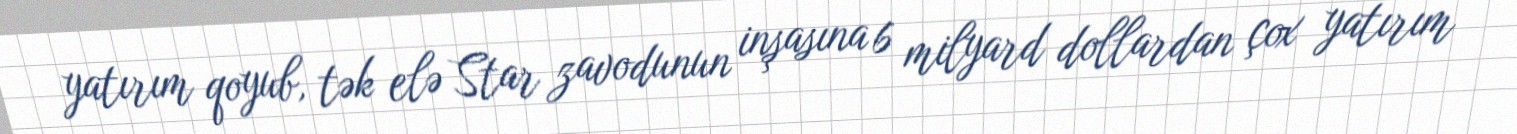
yatırım qoyub, tək elə Star zavodunun inşasına 6 milyard dollardan çox yatırım